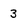
Character: 3